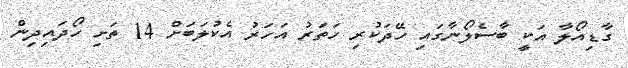
ގާޑިއޯލާ އަކީ ބާސެލޯނާގައި ހޭދަކުރި ހަތަރު އަހަރު އެކުލަބަށް 14 ތަށި ހޯދައިދިން